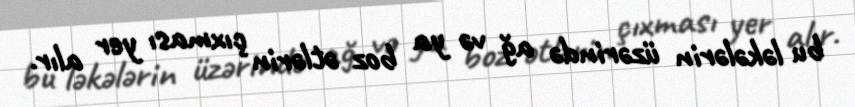
bu ləkələrin üzərində ağ və ya boz ətlərin çıxması yer alır.